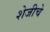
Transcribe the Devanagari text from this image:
शेजीचे